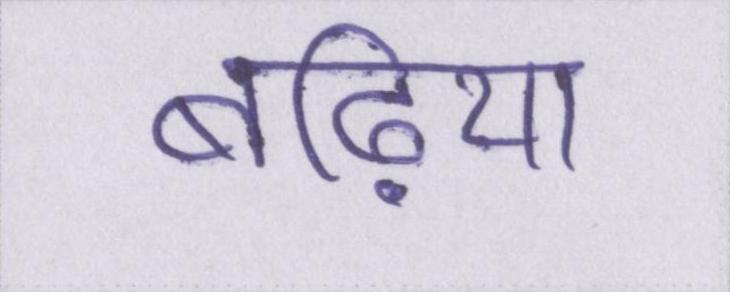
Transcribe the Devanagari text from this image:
बढ़िया